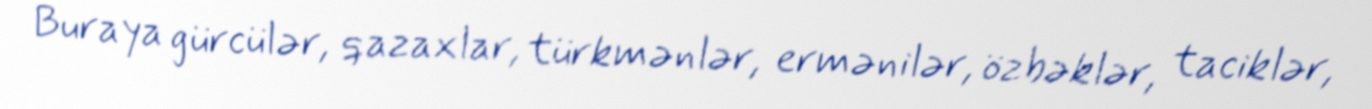
Buraya gürcülər, qazaxlar, türkmənlər, ermənilər, özbəklər, taciklər,